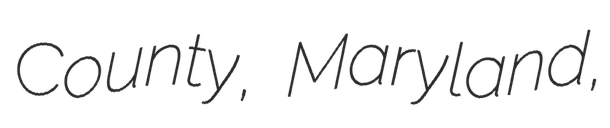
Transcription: County, Maryland,